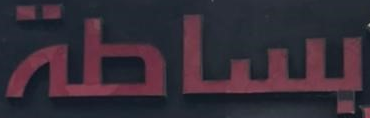
بساطة